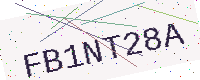
Text: FB1NT28A